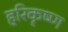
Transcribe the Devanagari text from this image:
हरिकृष्‍ण